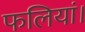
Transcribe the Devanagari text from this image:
फलियां।